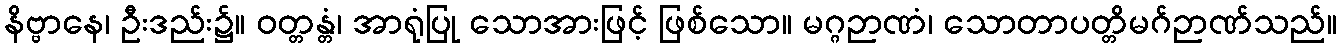
နိဗ္ဗာနေ၊ ဦးဒည်း၌။ ဝတ္တန္တံ၊ အာရုံပြု သောအားဖြင့် ဖြစ်သော။ မဂ္ဂဉာဏံ၊ သောတာပတ္တိမဂ်ဉာဏ်သည်။